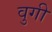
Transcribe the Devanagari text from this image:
वुगी